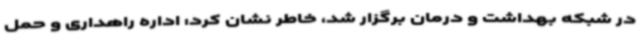
در شبکه بهداشت و درمان برگزار شد، خاطر نشان کرد: اداره راهداری و حمل